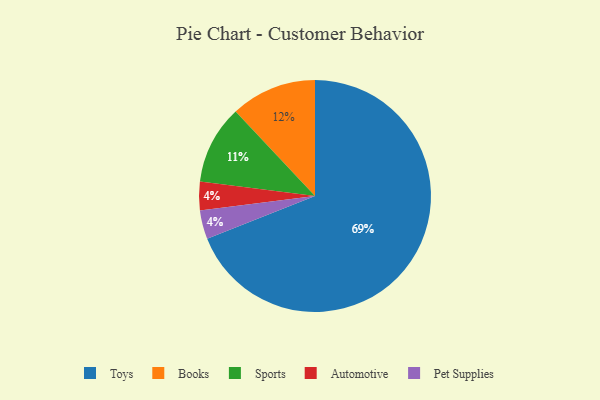
{"axis": {"x": "Category", "y": "Percentage"}, "legend": ["Automotive", "Books", "Pet Supplies", "Sports", "Toys"], "data": [{"x": "Books", "y": 12, "type": "Books"}, {"x": "Sports", "y": 11, "type": "Sports"}, {"x": "Toys", "y": 69, "type": "Toys"}, {"x": "Automotive", "y": 4, "type": "Automotive"}, {"x": "Pet Supplies", "y": 4, "type": "Pet Supplies"}]}